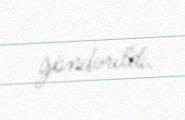
göndərildi.